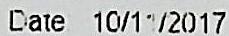
DATE: 10/11/2017